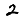
Digit: 2